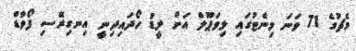
މެޗުގެ 71 ވަނަ މިނެޓުގައި ލިވަޕޫލް އަށް ލީޑު ހޯދައިދިނީ އިނގިރޭސި ފޯވާޑް